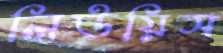
লিউয়িস